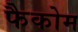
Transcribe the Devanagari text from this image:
फैकोम